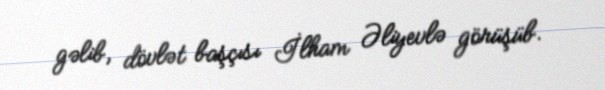
gəlib, dövlət başçısı İlham Əliyevlə görüşüb.